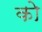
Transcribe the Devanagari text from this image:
काेे